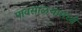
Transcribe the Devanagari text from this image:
पावसाळयामध्ये